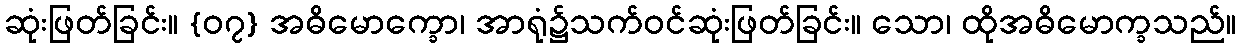
ဆုံးဖြတ်ခြင်း။ {၀၇} အဓိမောက္ခော၊ အာရုံ၌သက်ဝင်ဆုံးဖြတ်ခြင်း။ သော၊ ထိုအဓိမောက္ခသည်။